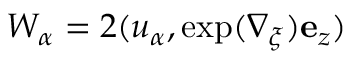
W _ { \alpha } = 2 ( u _ { \alpha } , \exp ( \nabla _ { \xi } ) { \bf e } _ { z } )